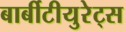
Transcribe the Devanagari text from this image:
बार्बीटीयुरेट्स